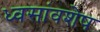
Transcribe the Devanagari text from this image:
ध्वसांवशेष